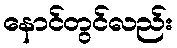
နောင်တွင်လည်း